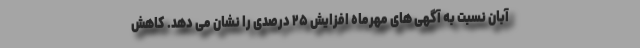
آبان نسبت به آگهی های مهرماه افزایش ۲۵ درصدی را نشان می دهد. کاهش